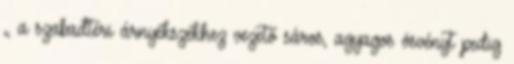
„ a szabadtéri árnyékszékhez vezető sáros, agyagos ösvényt pedig